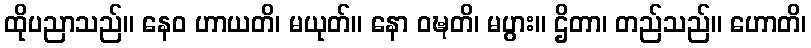
ထိုပညာသည်။ နေဝ ဟာယတိ၊ မယုတ်။ နော ဝဍ္ဎတိ၊ မပွား။ ဌိတာ၊ တည်သည်။ ဟောတိ၊